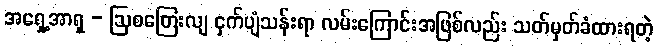
အရှေ့အာရှ - ဩစတြေးလျ ငှက်ပျံသန်းရာ လမ်းကြောင်းအဖြစ်လည်း သတ်မှတ်ခံထားရတဲ့